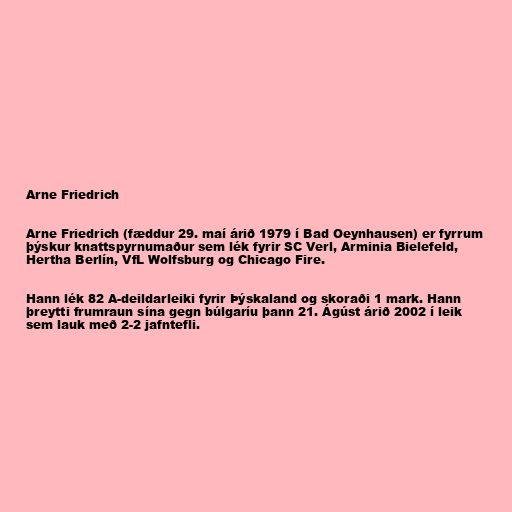
Arne Friedrich

Arne Friedrich (fæddur 29. maí árið 1979 í Bad Oeynhausen) er fyrrum
þýskur knattspyrnumaður sem lék fyrir SC Verl, Arminia Bielefeld,
Hertha Berlín, VfL Wolfsburg og Chicago Fire.

Hann lék 82 A-deildarleiki fyrir Þýskaland og skoraði 1 mark. Hann
þreytti frumraun sína gegn búlgaríu þann 21. Ágúst árið 2002 í leik
sem lauk með 2-2 jafntefli.